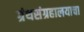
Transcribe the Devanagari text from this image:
ग्रंथसंग्रहालयाचा